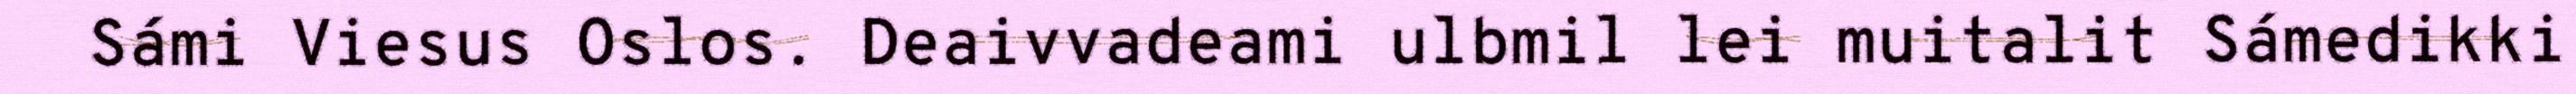
Sámi Viesus Oslos. Deaivvadeami ulbmil lei muitalit Sámedikki